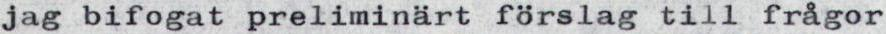
jag bifogat preliminärt förslag till frågor